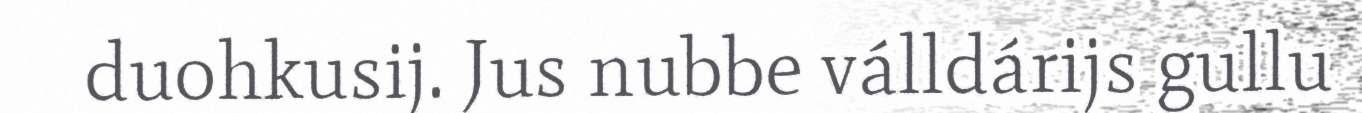
duohkusij. Jus nubbe válldárijs gullu